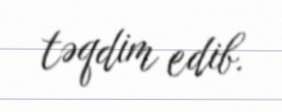
təqdim edib.